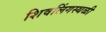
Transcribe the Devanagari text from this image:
शिवलिंगस्थळी